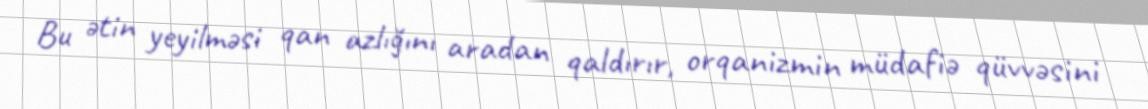
Bu ətin yeyilməsi qan azlığını aradan qaldırır, orqanizmin müdafiə qüvvəsini